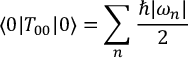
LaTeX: \langle 0 | T _ { 0 0 } | 0 \rangle = \sum _ { n } { \frac { \hbar | \omega _ { n } | } { 2 } }